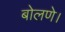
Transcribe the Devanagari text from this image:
बोलणे।